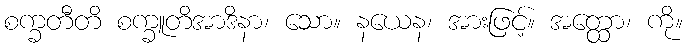
စက္ခတီတိ စက္ခူတိအာဒိနာ၊ သော။ နယေန၊ အားဖြင့်။ အတ္ထော၊ ကို။